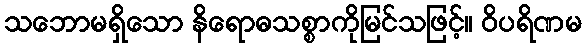
သဘောမရှိသော နိရောဓသစ္စာကိုမြင်သဖြင့်။ ဝိပရိဏမ